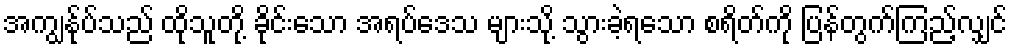
အကျွန်ုပ်သည် ထိုသူတို့ ခိုင်းသော အရပ်ဒေသ များသို့ သွားခဲ့ရသော စရိတ်ကို ပြန်တွက်ကြည့်လျှင်